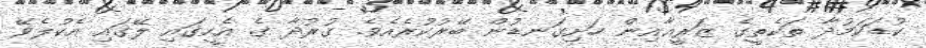
ކުޑަކަމުދާ ތަކެތީގެ ޒަރީޢާއިން ހަށިގަނޑުން ބޭރުކުރެއެެވެ. ގުރުދާ ގެ އެހީގައި ލޭގައި އެކުލެވޭ